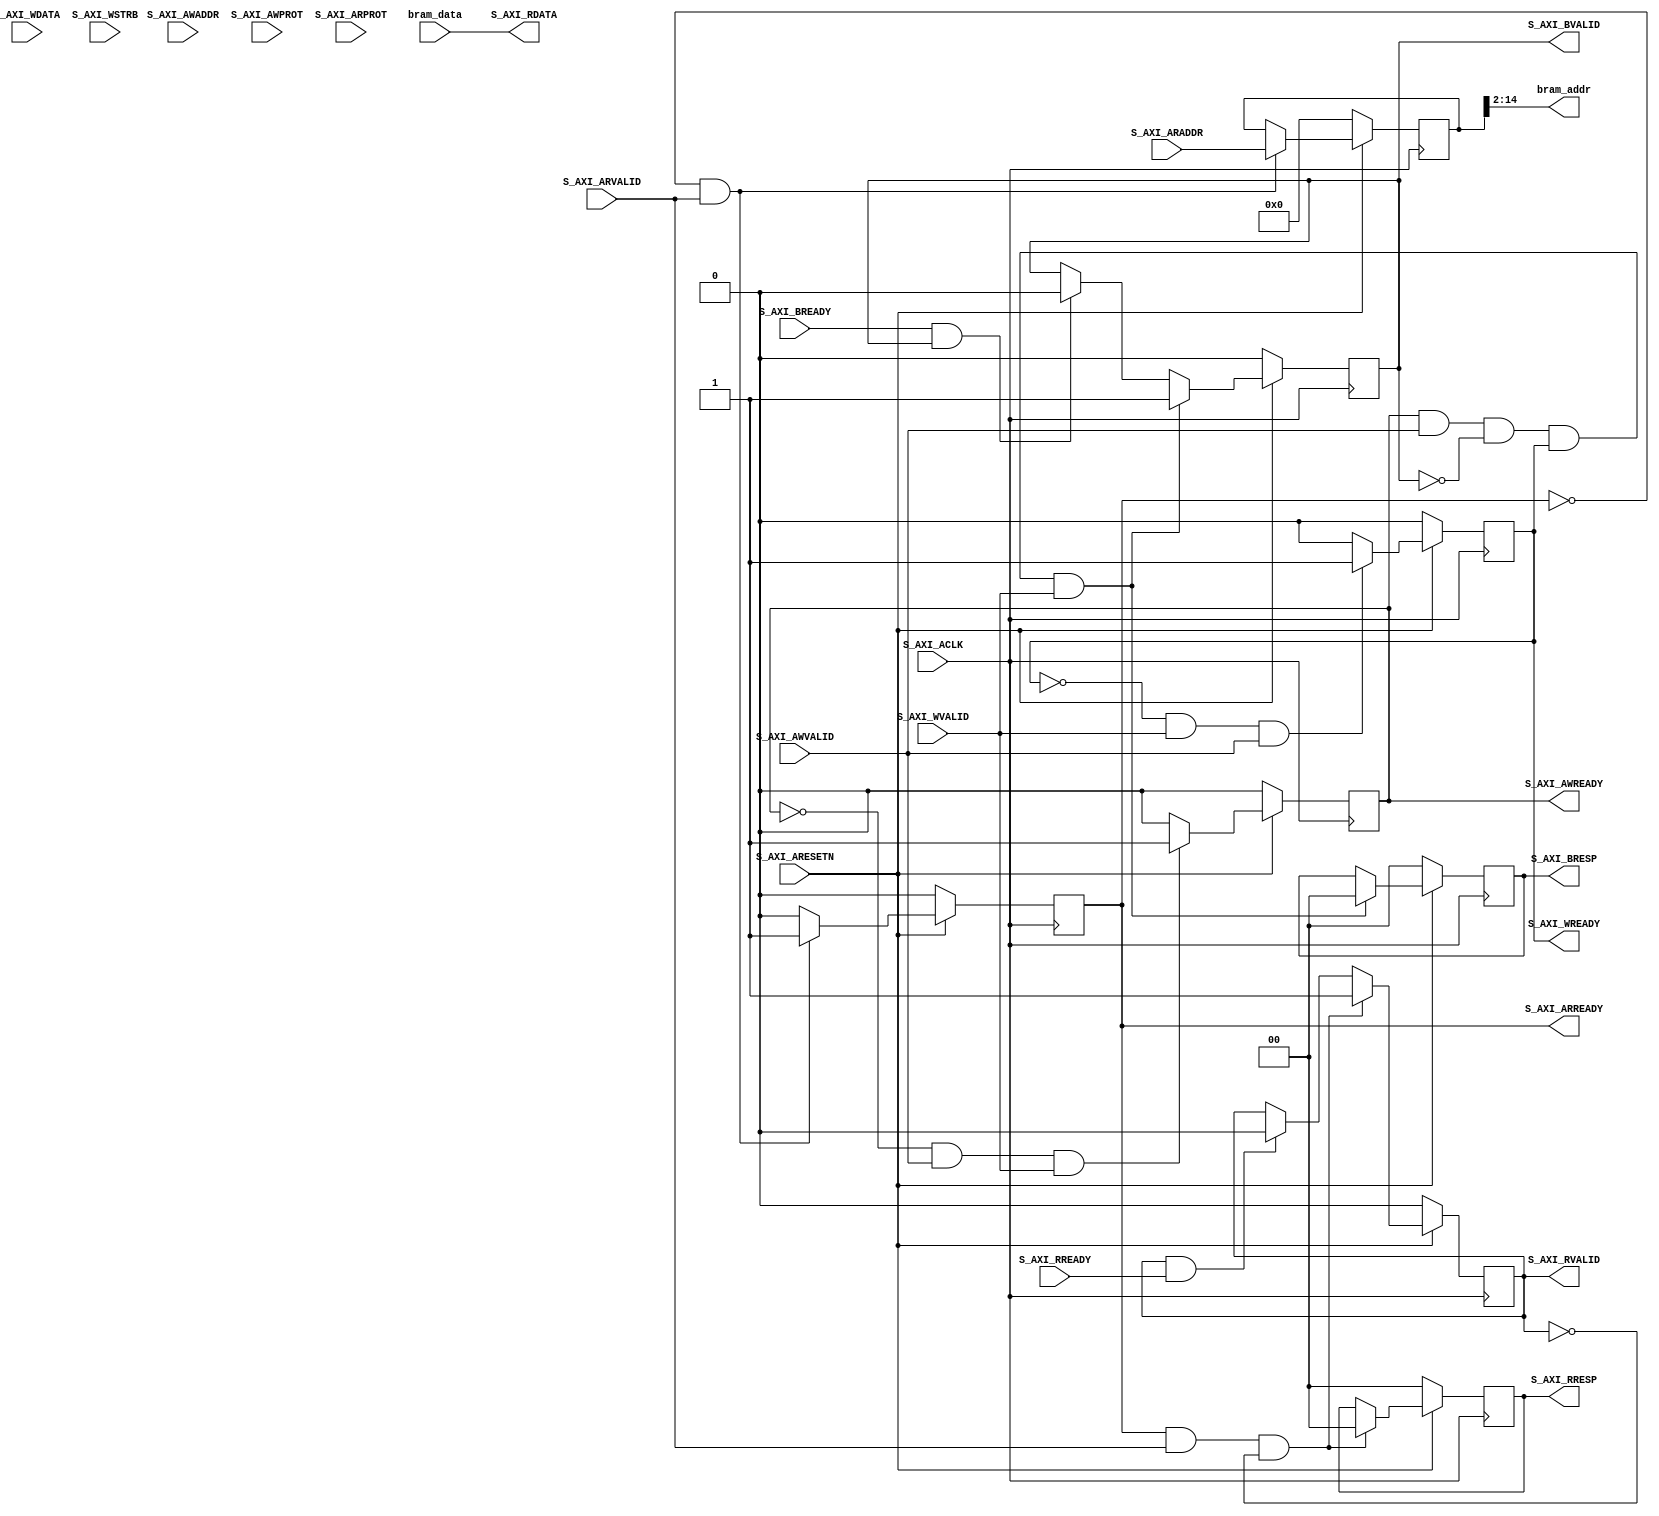

`timescale 1 ns / 1 ps

	module bram_reader_v1_0_S00_AXI #
	(
		// Users to add parameters here
        parameter integer BRAM_DATA_WIDTH	= 32,
        parameter integer BRAM_ADDR_WIDTH   = 13, // should be at least 2 bits smaller than C_S_AXI_ADDR_WIDTH
		// User parameters ends
		// Do not modify the parameters beyond this line

		// Width of S_AXI data bus
		parameter integer C_S_AXI_DATA_WIDTH	= 32,
		// Width of S_AXI address bus
		parameter integer C_S_AXI_ADDR_WIDTH	= 15
	)
	(
		// Users to add ports here
		output wire [BRAM_ADDR_WIDTH-1:0] bram_addr,
		input  wire [BRAM_DATA_WIDTH-1:0] bram_data,

		// User ports ends
		// Do not modify the ports beyond this line

		// Global Clock Signal
		input wire  S_AXI_ACLK,
		// Global Reset Signal. This Signal is Active LOW
		input wire  S_AXI_ARESETN,
		// Write address (issued by master, acceped by Slave)
		input wire [C_S_AXI_ADDR_WIDTH-1 : 0] S_AXI_AWADDR,
		// Write channel Protection type. This signal indicates the
    		// privilege and security level of the transaction, and whether
    		// the transaction is a data access or an instruction access.
		input wire [2 : 0] S_AXI_AWPROT,
		// Write address valid. This signal indicates that the master signaling
    		// valid write address and control information.
		input wire  S_AXI_AWVALID,
		// Write address ready. This signal indicates that the slave is ready
    		// to accept an address and associated control signals.
		output wire  S_AXI_AWREADY,
		// Write data (issued by master, acceped by Slave) 
		input wire [C_S_AXI_DATA_WIDTH-1 : 0] S_AXI_WDATA,
		// Write strobes. This signal indicates which byte lanes hold
    		// valid data. There is one write strobe bit for each eight
    		// bits of the write data bus.    
		input wire [(C_S_AXI_DATA_WIDTH/8)-1 : 0] S_AXI_WSTRB,
		// Write valid. This signal indicates that valid write
    		// data and strobes are available.
		input wire  S_AXI_WVALID,
		// Write ready. This signal indicates that the slave
    		// can accept the write data.
		output wire  S_AXI_WREADY,
		// Write response. This signal indicates the status
    		// of the write transaction.
		output wire [1 : 0] S_AXI_BRESP,
		// Write response valid. This signal indicates that the channel
    		// is signaling a valid write response.
		output wire  S_AXI_BVALID,
		// Response ready. This signal indicates that the master
    		// can accept a write response.
		input wire  S_AXI_BREADY,
		// Read address (issued by master, acceped by Slave)
		input wire [C_S_AXI_ADDR_WIDTH-1 : 0] S_AXI_ARADDR,
		// Protection type. This signal indicates the privilege
    		// and security level of the transaction, and whether the
    		// transaction is a data access or an instruction access.
		input wire [2 : 0] S_AXI_ARPROT,
		// Read address valid. This signal indicates that the channel
    		// is signaling valid read address and control information.
		input wire  S_AXI_ARVALID,
		// Read address ready. This signal indicates that the slave is
    		// ready to accept an address and associated control signals.
		output wire  S_AXI_ARREADY,
		// Read data (issued by slave)
		output wire [C_S_AXI_DATA_WIDTH-1 : 0] S_AXI_RDATA,
		// Read response. This signal indicates the status of the
    		// read transfer.
		output wire [1 : 0] S_AXI_RRESP,
		// Read valid. This signal indicates that the channel is
    		// signaling the required read data.
		output wire  S_AXI_RVALID,
		// Read ready. This signal indicates that the master can
    		// accept the read data and response information.
		input wire  S_AXI_RREADY
	);

	// AXI4LITE signals
	reg [C_S_AXI_ADDR_WIDTH-1 : 0] 	axi_awaddr;
	reg  	axi_awready;
	reg  	axi_wready;
	reg [1 : 0] 	axi_bresp;
	reg  	axi_bvalid;
	reg [C_S_AXI_ADDR_WIDTH-1 : 0] 	axi_araddr;
	reg  	axi_arready;
	reg [C_S_AXI_DATA_WIDTH-1 : 0] 	axi_rdata;
	reg [1 : 0] 	axi_rresp;
	reg  	axi_rvalid;
	reg  	axi_rvalid_d;

	// Example-specific design signals
	// local parameter for addressing 32 bit / 64 bit C_S_AXI_DATA_WIDTH
	// ADDR_LSB is used for addressing 32/64 bit registers/memories
	// ADDR_LSB = 2 for 32 bits (n downto 2)
	// ADDR_LSB = 3 for 64 bits (n downto 3)
	localparam integer ADDR_LSB = (C_S_AXI_DATA_WIDTH/32) + 1;
	//localparam integer OPT_MEM_ADDR_BITS = 1;
	//----------------------------------------------
	//-- Signals for user logic register space example
	//------------------------------------------------
	//-- Number of Slave Registers 4
//	reg [C_S_AXI_DATA_WIDTH-1:0]	slv_reg0;
//	reg [C_S_AXI_DATA_WIDTH-1:0]	slv_reg1;
//	reg [C_S_AXI_DATA_WIDTH-1:0]	slv_reg2;
//	reg [C_S_AXI_DATA_WIDTH-1:0]	slv_reg3;
	wire	 slv_reg_rden;
//	wire	 slv_reg_wren;
//	reg [C_S_AXI_DATA_WIDTH-1:0]	 reg_data_out;
//	integer	 byte_index;

	// I/O Connections assignments

	assign S_AXI_AWREADY	= axi_awready;
	assign S_AXI_WREADY	= axi_wready;
	assign S_AXI_BRESP	= axi_bresp;
	assign S_AXI_BVALID	= axi_bvalid;
	assign S_AXI_ARREADY	= axi_arready;
	assign S_AXI_RDATA	= bram_data; //axi_rdata;
	assign S_AXI_RRESP	= axi_rresp;
	assign S_AXI_RVALID	= axi_rvalid;
	// Implement axi_awready generation
	// axi_awready is asserted for one S_AXI_ACLK clock cycle when both
	// S_AXI_AWVALID and S_AXI_WVALID are asserted. axi_awready is
	// de-asserted when reset is low.

	always @( posedge S_AXI_ACLK )
	begin
	  if ( S_AXI_ARESETN == 1'b0 )
	    begin
	      axi_awready <= 1'b0;
	    end 
	  else
	    begin    
	      if (~axi_awready && S_AXI_AWVALID && S_AXI_WVALID)
	        begin
	          // slave is ready to accept write address when 
	          // there is a valid write address and write data
	          // on the write address and data bus. This design 
	          // expects no outstanding transactions. 
	          axi_awready <= 1'b1;
	        end
	      else           
	        begin
	          axi_awready <= 1'b0;
	        end
	    end 
	end       

	// Implement axi_awaddr latching
	// This process is used to latch the address when both 
	// S_AXI_AWVALID and S_AXI_WVALID are valid. 

	always @( posedge S_AXI_ACLK )
	begin
	  if ( S_AXI_ARESETN == 1'b0 )
	    begin
	      axi_awaddr <= 0;
	    end 
	  else
	    begin    
	      if (~axi_awready && S_AXI_AWVALID && S_AXI_WVALID)
	        begin
	          // Write Address latching 
	          axi_awaddr <= S_AXI_AWADDR;
	        end
	    end 
	end       

	// Implement axi_wready generation
	// axi_wready is asserted for one S_AXI_ACLK clock cycle when both
	// S_AXI_AWVALID and S_AXI_WVALID are asserted. axi_wready is 
	// de-asserted when reset is low. 

	always @( posedge S_AXI_ACLK )
	begin
	  if ( S_AXI_ARESETN == 1'b0 )
	    begin
	      axi_wready <= 1'b0;
	    end 
	  else
	    begin    
	      if (~axi_wready && S_AXI_WVALID && S_AXI_AWVALID)
	        begin
	          // slave is ready to accept write data when 
	          // there is a valid write address and write data
	          // on the write address and data bus. This design 
	          // expects no outstanding transactions. 
	          axi_wready <= 1'b1;
	        end
	      else
	        begin
	          axi_wready <= 1'b0;
	        end
	    end 
	end       

	// Implement memory mapped register select and write logic generation
	// The write data is accepted and written to memory mapped registers when
	// axi_awready, S_AXI_WVALID, axi_wready and S_AXI_WVALID are asserted. Write strobes are used to
	// select byte enables of slave registers while writing.
	// These registers are cleared when reset (active low) is applied.
	// Slave register write enable is asserted when valid address and data are available
	// and the slave is ready to accept the write address and write data.
//	assign slv_reg_wren = axi_wready && S_AXI_WVALID && axi_awready && S_AXI_AWVALID;

//	always @( posedge S_AXI_ACLK )
//	begin
//	  if ( S_AXI_ARESETN == 1'b0 )
//	    begin
//	      slv_reg0 <= 0;
//	      slv_reg1 <= 0;
//	      slv_reg2 <= 0;
//	      slv_reg3 <= 0;
//	    end 
//	  else begin
//	    if (slv_reg_wren)
//	      begin
//	        case ( axi_awaddr[ADDR_LSB+OPT_MEM_ADDR_BITS:ADDR_LSB] )
//	          2'h0:
//	            for ( byte_index = 0; byte_index <= (C_S_AXI_DATA_WIDTH/8)-1; byte_index = byte_index+1 )
//	              if ( S_AXI_WSTRB[byte_index] == 1 ) begin
//	                // Respective byte enables are asserted as per write strobes 
//	                // Slave register 0
//	                slv_reg0[(byte_index*8) +: 8] <= S_AXI_WDATA[(byte_index*8) +: 8];
//	              end  
//	          2'h1:
//	            for ( byte_index = 0; byte_index <= (C_S_AXI_DATA_WIDTH/8)-1; byte_index = byte_index+1 )
//	              if ( S_AXI_WSTRB[byte_index] == 1 ) begin
//	                // Respective byte enables are asserted as per write strobes 
//	                // Slave register 1
//	                slv_reg1[(byte_index*8) +: 8] <= S_AXI_WDATA[(byte_index*8) +: 8];
//	              end  
//	          2'h2:
//	            for ( byte_index = 0; byte_index <= (C_S_AXI_DATA_WIDTH/8)-1; byte_index = byte_index+1 )
//	              if ( S_AXI_WSTRB[byte_index] == 1 ) begin
//	                // Respective byte enables are asserted as per write strobes 
//	                // Slave register 2
//	                slv_reg2[(byte_index*8) +: 8] <= S_AXI_WDATA[(byte_index*8) +: 8];
//	              end  
//	          2'h3:
//	            for ( byte_index = 0; byte_index <= (C_S_AXI_DATA_WIDTH/8)-1; byte_index = byte_index+1 )
//	              if ( S_AXI_WSTRB[byte_index] == 1 ) begin
//	                // Respective byte enables are asserted as per write strobes 
//	                // Slave register 3
//	                slv_reg3[(byte_index*8) +: 8] <= S_AXI_WDATA[(byte_index*8) +: 8];
//	              end  
//	          default : begin
//	                      slv_reg0 <= slv_reg0;
//	                      slv_reg1 <= slv_reg1;
//	                      slv_reg2 <= slv_reg2;
//	                      slv_reg3 <= slv_reg3;
//	                    end
//	        endcase
//	      end
//	  end
//	end    

	// Implement write response logic generation
	// The write response and response valid signals are asserted by the slave 
	// when axi_wready, S_AXI_WVALID, axi_wready and S_AXI_WVALID are asserted.  
	// This marks the acceptance of address and indicates the status of 
	// write transaction.

	always @( posedge S_AXI_ACLK )
	begin
	  if ( S_AXI_ARESETN == 1'b0 )
	    begin
	      axi_bvalid  <= 0;
	      axi_bresp   <= 2'b0;
	    end 
	  else
	    begin    
	      if (axi_awready && S_AXI_AWVALID && ~axi_bvalid && axi_wready && S_AXI_WVALID)
	        begin
	          // indicates a valid write response is available
	          axi_bvalid <= 1'b1;
	          axi_bresp  <= 2'b0; // 'OKAY' response 
	        end                   // work error responses in future
	      else
	        begin
	          if (S_AXI_BREADY && axi_bvalid) 
	            //check if bready is asserted while bvalid is high) 
	            //(there is a possibility that bready is always asserted high)   
	            begin
	              axi_bvalid <= 1'b0; 
	            end  
	        end
	    end
	end   

	// Implement axi_arready generation
	// axi_arready is asserted for one S_AXI_ACLK clock cycle when
	// S_AXI_ARVALID is asserted. axi_awready is 
	// de-asserted when reset (active low) is asserted. 
	// The read address is also latched when S_AXI_ARVALID is 
	// asserted. axi_araddr is reset to zero on reset assertion.

	always @( posedge S_AXI_ACLK )
	begin
	  if ( S_AXI_ARESETN == 1'b0 )
	    begin
	      axi_arready <= 1'b0;
	      axi_araddr  <= 32'b0;
	    end 
	  else
	    begin    
	      if (~axi_arready && S_AXI_ARVALID)
	        begin
	          // indicates that the slave has acceped the valid read address
	          axi_arready <= 1'b1;
	          // Read address latching
	          axi_araddr  <= S_AXI_ARADDR;
	        end
	      else
	        begin
	          axi_arready <= 1'b0;
	        end
	    end 
	end       

	// Implement axi_arvalid generation
	// axi_rvalid is asserted for one S_AXI_ACLK clock cycle when both 
	// S_AXI_ARVALID and axi_arready are asserted. The slave registers 
	// data are available on the axi_rdata bus at this instance. The 
	// assertion of axi_rvalid marks the validity of read data on the 
	// bus and axi_rresp indicates the status of read transaction.axi_rvalid 
	// is deasserted on reset (active low). axi_rresp and axi_rdata are 
	// cleared to zero on reset (active low).  
	always @( posedge S_AXI_ACLK )
	begin
	  if ( S_AXI_ARESETN == 1'b0 )
	    begin
	      axi_rvalid <= 0;
	      axi_rvalid_d <= 0;
	      axi_rresp  <= 0;
	    end 
	  else
	    begin    
	      axi_rvalid_d <= axi_rvalid;
	      if (axi_arready && S_AXI_ARVALID && ~axi_rvalid)
	        begin
	          // Valid read data is available at the read data bus
	          axi_rvalid <= 1'b1;
	          axi_rresp  <= 2'b0; // 'OKAY' response
	        end   
	      else if (axi_rvalid && S_AXI_RREADY)
	        begin
	          // Read data is accepted by the master
	          axi_rvalid <= 1'b0;
	        end                
	    end
	end    

	// Implement memory mapped register select and read logic generation
	// Slave register read enable is asserted when valid address is available
	// and the slave is ready to accept the read address.

//	always @(*)
//	begin
////	      // Address decoding for reading registers
////	      case ( axi_araddr[ADDR_LSB+OPT_MEM_ADDR_BITS:ADDR_LSB] )
////	        2'h0   : reg_data_out <= slv_reg0;
////	        2'h1   : reg_data_out <= bram_data;
////	        2'h2   : reg_data_out <= slv_reg2;
////	        2'h3   : reg_data_out <= slv_reg3;
////	        default : reg_data_out <= 0;
////	      endcase
//        reg_data_out <= bram_data;
//	end
    

//	assign slv_reg_rden = axi_arready & S_AXI_ARVALID & ~axi_rvalid;
//	// Output register or memory read data
//	always @( posedge S_AXI_ACLK )
//	begin
//	  if ( S_AXI_ARESETN == 1'b0 )
//	    begin
//	      axi_rdata  <= 0;
//	    end 
//	  else
//	    begin    
//	      // When there is a valid read address (S_AXI_ARVALID) with 
//	      // acceptance of read address by the slave (axi_arready), 
//	      // output the read dada 
//	      if (slv_reg_rden)
//	        begin
//	          //axi_rdata <= reg_data_out;     // register read data
//	          axi_rdata <= bram_data;
//	        end   
//	    end
//	end    

	// Add user logic here
    //assign bram_addr = slv_reg0;
    //assign bram_addr =  axi_araddr[ADDR_LSB+OPT_MEM_ADDR_BITS:ADDR_LSB];
    assign bram_addr =  axi_araddr[ADDR_LSB+BRAM_ADDR_WIDTH-1:ADDR_LSB];
	// User logic ends

	endmodule